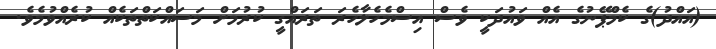
(އައްދު)ގެ ކެމްޕޭނުގެ އެއް ވައުދަކީ ވެސް އިސްމެހެލާހެރަ ތަރައްގީ ކުރުމަށް މަސައްކަތްތަކެއް ކުރެއްވުމެވެ.